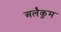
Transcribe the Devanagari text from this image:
अलैकुम